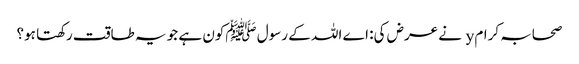
صحابہ کرام y نے عرض کی: اے اللہ کے رسول ﷺکون ہے جو یہ طاقت رکھتا ہو؟